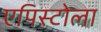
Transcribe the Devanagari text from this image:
एपिस्टोला